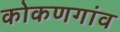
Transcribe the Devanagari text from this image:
कोकणगांव